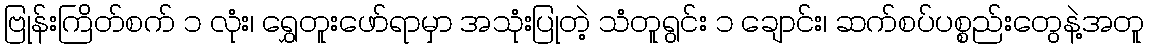
ဗြုန်းကြိတ်စက် ၁ လုံး၊ ရွှေတူးဖော်ရာမှာ အသုံးပြုတဲ့ သံတူရွင်း ၁ ချောင်း၊ ဆက်စပ်ပစ္စည်းတွေနဲ့အတူ